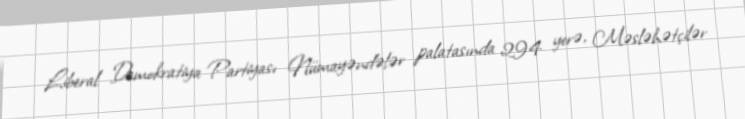
Liberal Demokratiya Partiyası Nümayəndələr palatasında 294 yerə, Məsləhətçilər